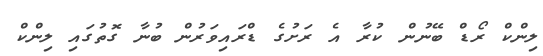
ލިންކް ރޯޑް ބޭނުން ކުރާ އެ ރަށުގެ ޑްރައިވަރުން ބުނާ ގޮތުގައި ލިންކް